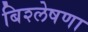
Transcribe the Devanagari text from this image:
बिश्लेषणा